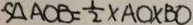
- S _ { \Delta A C B } = \frac { 1 } { 2 } \times A O \times B O